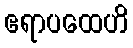
ဧရာပထေဟိ